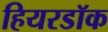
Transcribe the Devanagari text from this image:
हियरडॉक